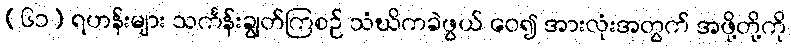
(၆၁) ရဟန်းများ သင်္ကန်းချွတ်ကြစဉ် သံဃိကခဲဖွယ် ဝေ၍ အားလုံးအတွက် အဖို့တို့ကို